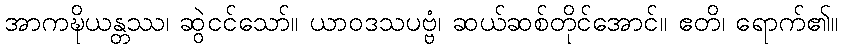
အာကဍ္ဎိယန္တဿ၊ ဆွဲငင်သော်။ ယာဝဒသပဗ္ဗံ၊ ဆယ်ဆစ်တိုင်အောင်။ ဧတိ၊ ရောက်၏။